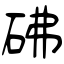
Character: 砩